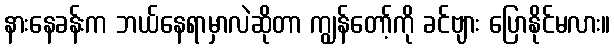
နားနေခန်းက ဘယ်နေရာမှာလဲဆိုတာ ကျွန်တော့်ကို ခင်ဗျား ပြောနိုင်မလား။